65_HS1-834228961_62-HQ-83894_SUB_A
Agency: FBI
Page 20
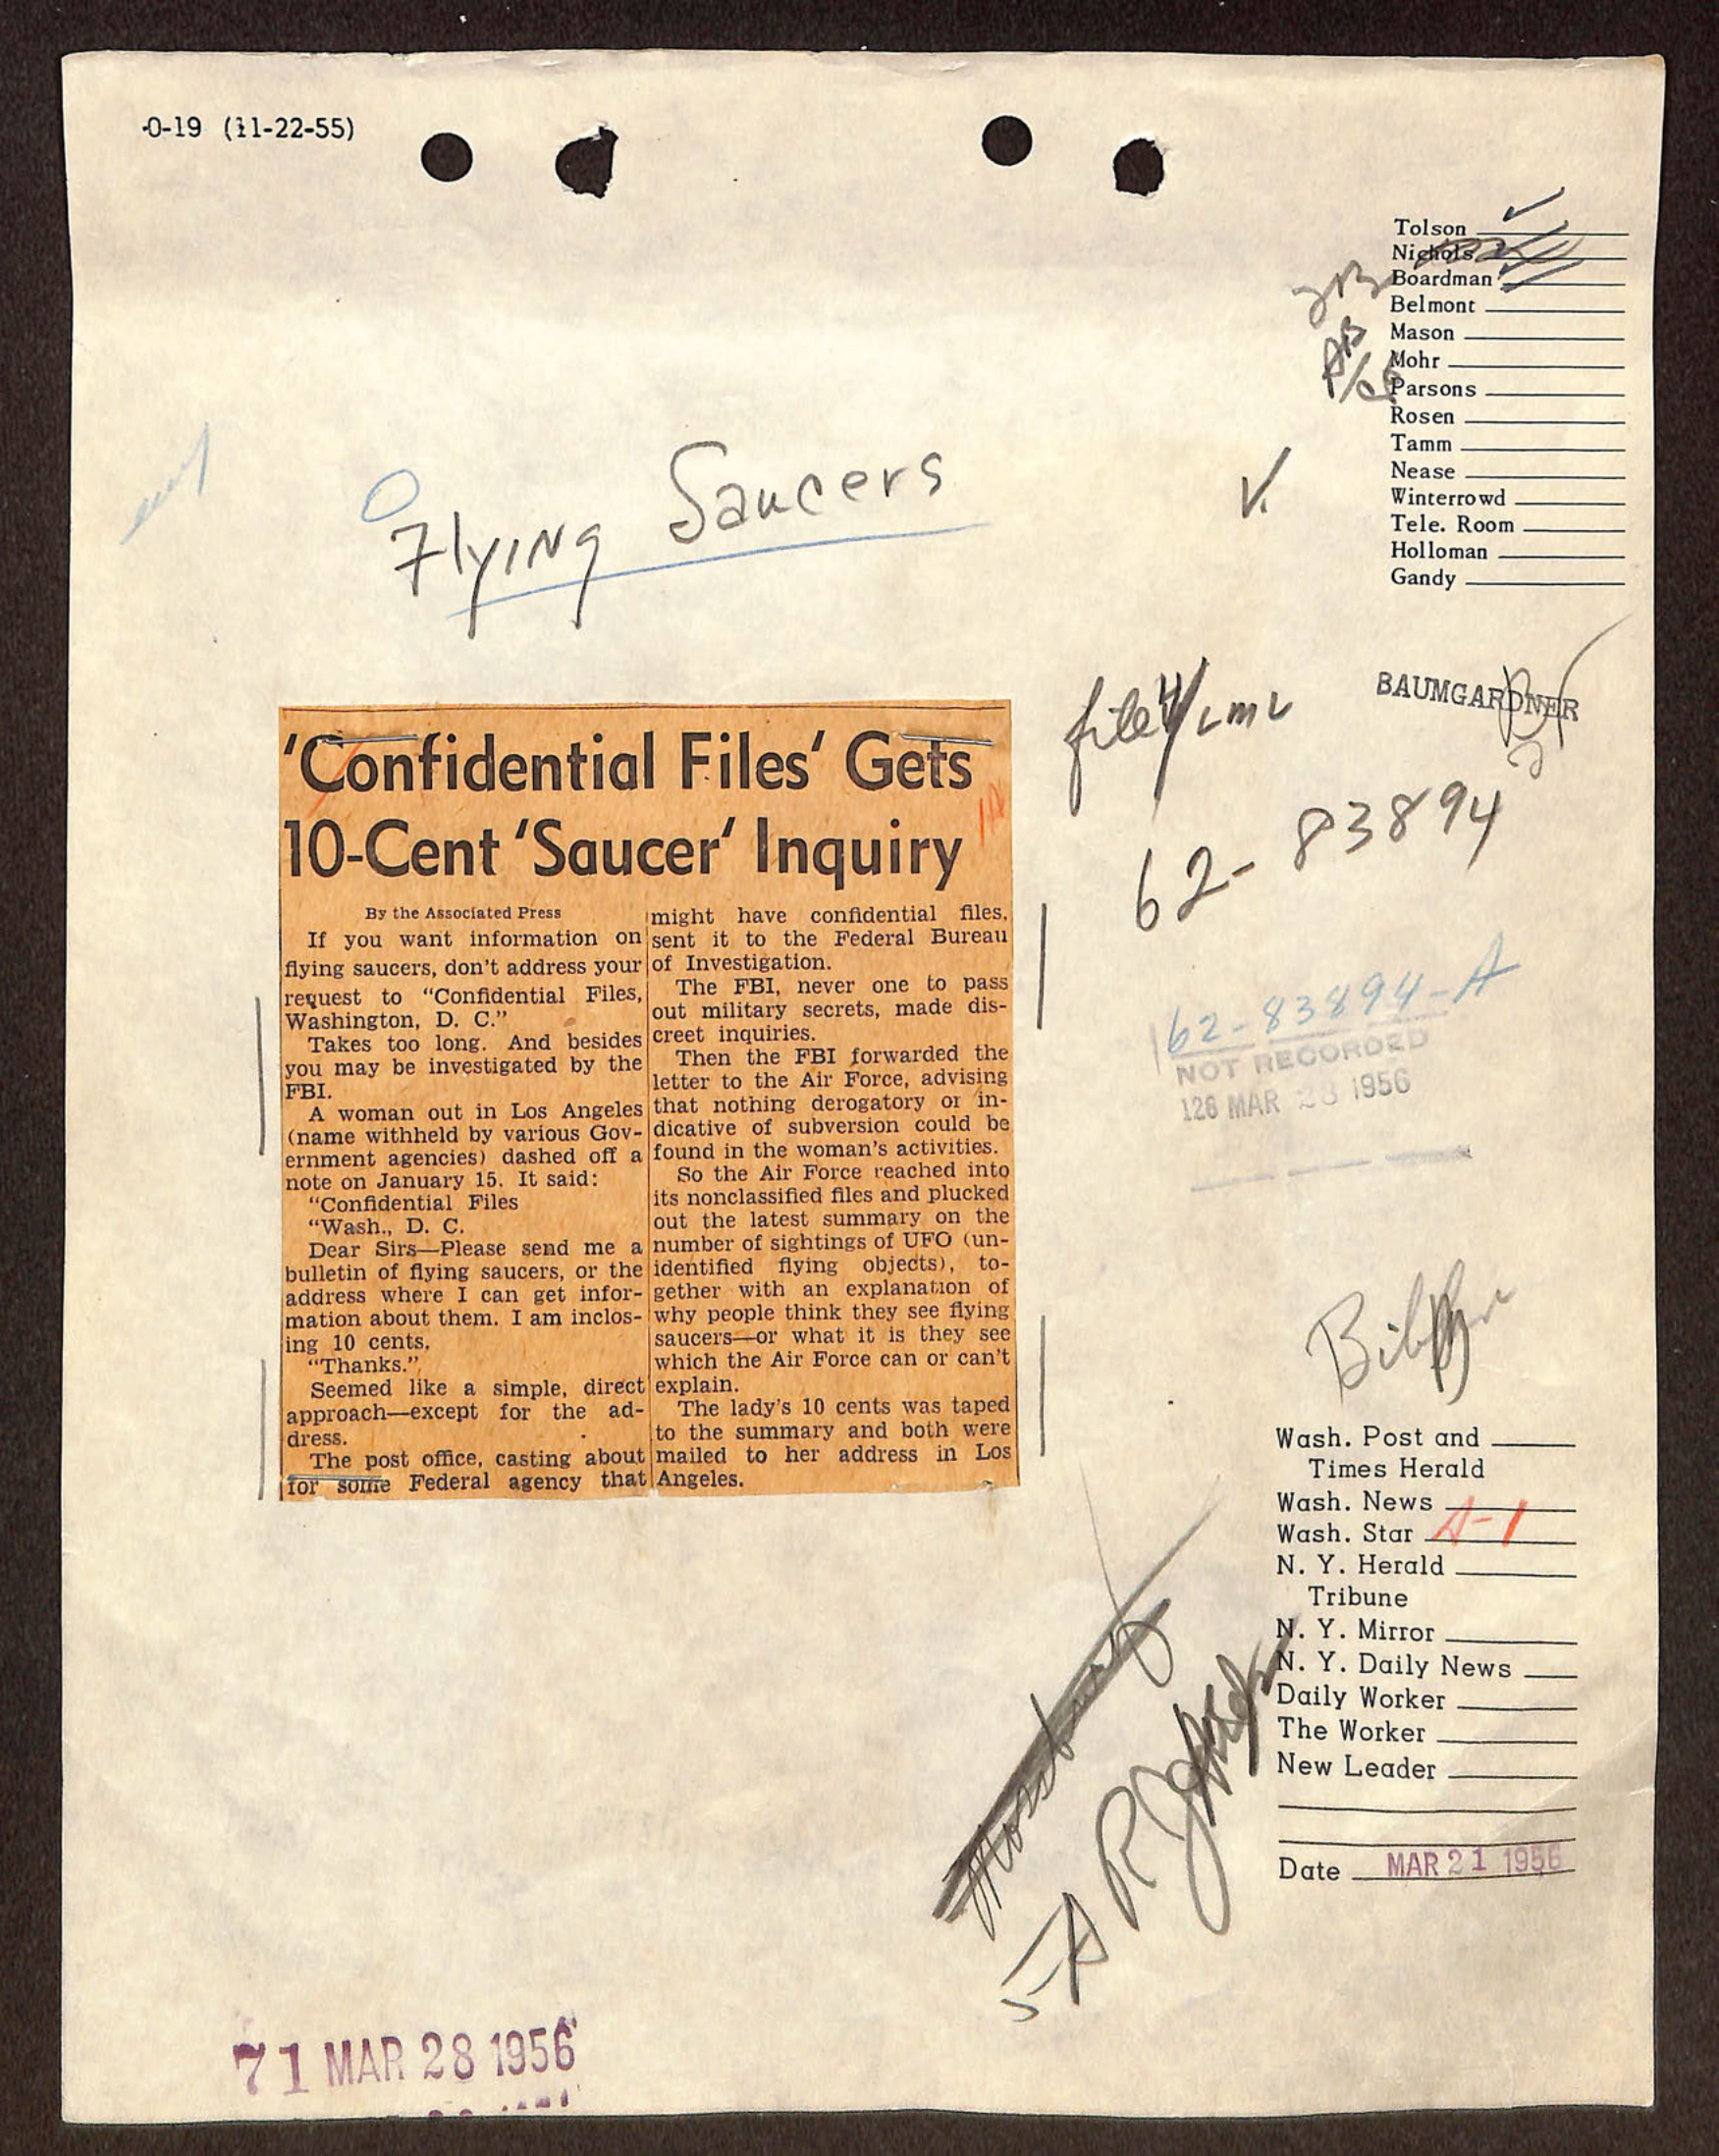